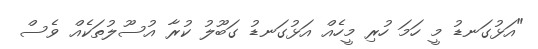
"އަޅުގަނޑު މީ ހަމަ ހުރި މީހެއް އަޅުގަނޑު ގަބޫލު ކުރާ އުސޫލުތަކެއް ވެސް